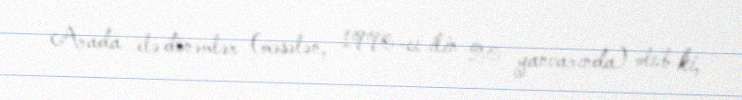
Arada elə dönəmlər (məsələn, 1990-cı ilin 20 yanvarında) olub ki,